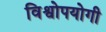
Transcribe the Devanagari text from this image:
विश्वोपयोगी